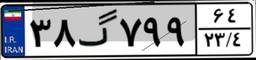
۴۱گ۲۹۷۱۱